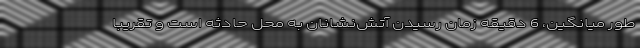
طور میانگین، 6 دقیقه زمان رسیدن آتش‌نشانان به محل حادثه است و تقریباً